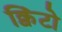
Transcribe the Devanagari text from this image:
क्विंटो